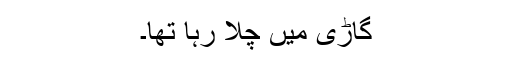
گاڑی میں چلا رہا تھا۔